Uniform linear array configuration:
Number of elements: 8
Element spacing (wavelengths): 0.75
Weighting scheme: cosine
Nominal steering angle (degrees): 30
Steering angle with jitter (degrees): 28.594
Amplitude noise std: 0.05
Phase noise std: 0.05

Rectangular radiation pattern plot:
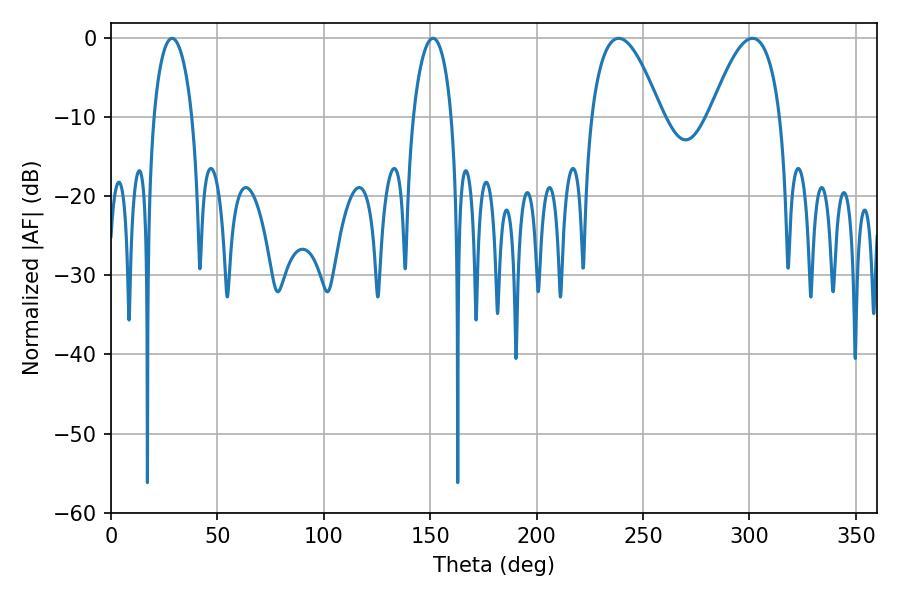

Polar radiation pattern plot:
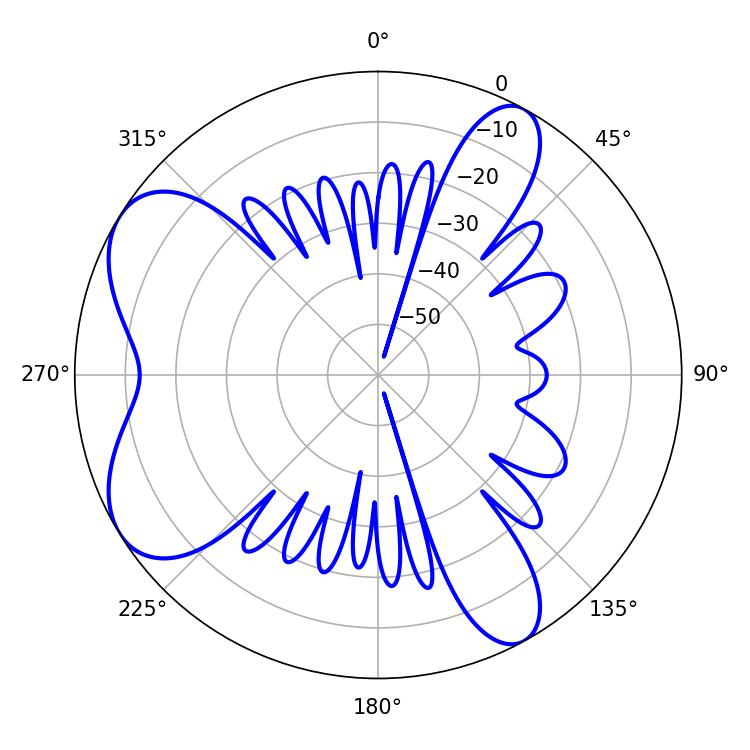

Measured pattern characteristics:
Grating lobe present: TRUE
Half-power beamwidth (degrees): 18
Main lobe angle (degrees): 238.5